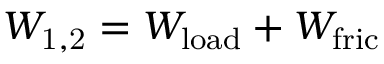
W _ { \mathrm { 1 , 2 } } = W _ { \mathrm { l o a d } } + W _ { \mathrm { f r i c } }